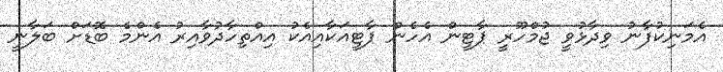
އެމަނިކުފާނު ވިދާޅުވީ ޖުމްހޫރީ ޕާޓީން އެހެން ޕާޓީއަކާއިއެކު އިއްތިހާދުވާއިރު އެންމެ ބޮޑަށް ބަލާނީ